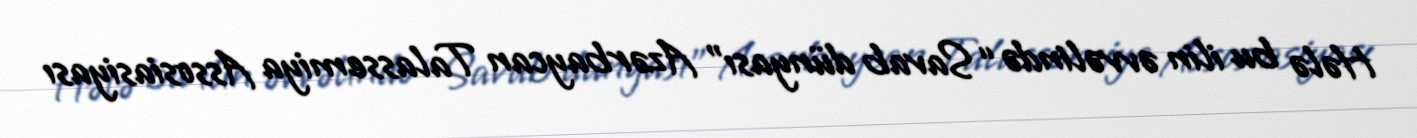
Hələ bu ilin əvvəlində “Savab dünyası” Azərbaycan Talassemiya Assosiasiyası